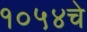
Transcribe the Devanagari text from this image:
१०५४चे